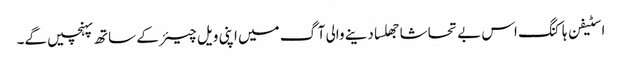
اسٹیفن ہاکنگ اس بے تحاشا جھلسا دینے والی آگ میں اپنی ویل چیئر کے ساتھ پہنچیں گے۔